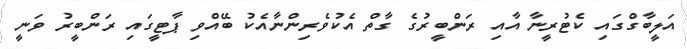
އަލީބާގްގައި ކެޓުރީނާ އާއި ރަންބީރުގެ ގާތް އެކުވެރިންނާއެކު ބޭއްވި ޕާޓީގައި ރަންބީރު ވަނީ